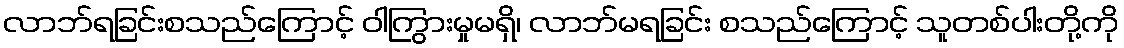
လာဘ်ရခြင်းစသည်ကြောင့် ဝါကြွားမှုမရှိ၊ လာဘ်မရခြင်း စသည်ကြောင့် သူတစ်ပါးတို့ကို